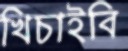
খিচাইবি